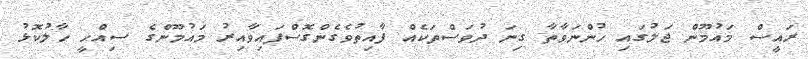
ރައީސް މައުމޫން ޖަލުގައި ހުންނަވާތާ ގިނަ ދުވަސްތަކެއް ފާއިތުވެގެންގޮސްފައިވާއިރު މައުމޫންގެ ސިއްހީ ހާލުކޮޅު